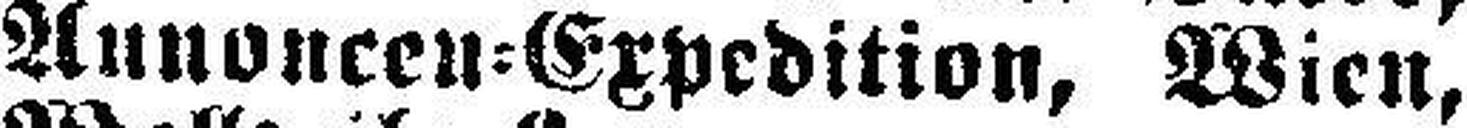
Annoncen=Expedition, Wien,